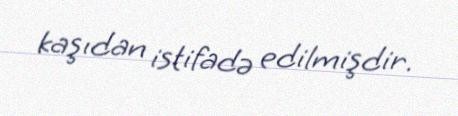
kaşıdan istifadə edilmişdir.